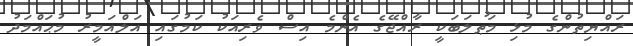
ރައްޔިތުންގެ މުޅި މަޠުލަބަކީ ރާއްޖޭގެ އެންމެ އިސް ވެރިއަކު ކަމުގައި އަލްއަމީރު މުޙައްމަދު